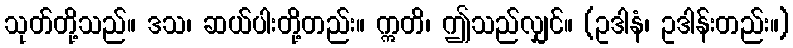
သုတ်တို့သည်။ ဒသ၊ ဆယ်ပါးတို့တည်း။ ဣတိ၊ ဤသည်လျှင်။ (ဥဒါနံ၊ ဥဒါန်းတည်း။)